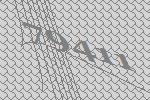
79411